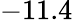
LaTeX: -11.4